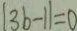
\vert 3 b - 1 \vert = 0